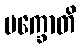
ပက္ခောတိ